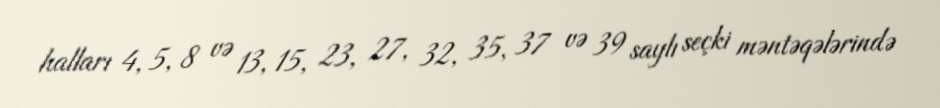
halları 4, 5, 8 və 13, 15, 23, 27, 32, 35, 37 və 39 saylı seçki məntəqələrində